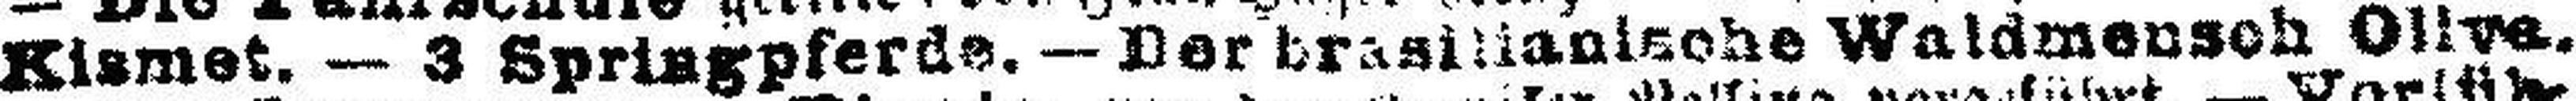
Kismet. — 3 Springpferds. — Der brasilianlsohe Waldmensoh Ollve.